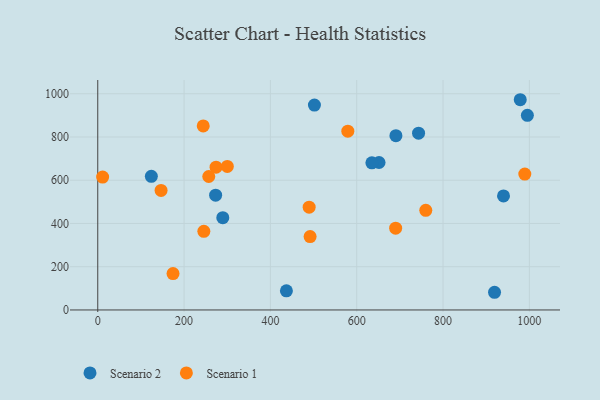
{"axis": {"x": "Distance", "y": "Fuel Efficiency"}, "legend": ["Scenario 1", "Scenario 2"], "data": [{"x": "919.3", "y": 81.8, "type": "Scenario 2"}, {"x": "651.7", "y": 682.0, "type": "Scenario 2"}, {"x": "635.1", "y": 680.6, "type": "Scenario 2"}, {"x": "502.0", "y": 947.5, "type": "Scenario 2"}, {"x": "743.3", "y": 817.9, "type": "Scenario 2"}, {"x": "437.1", "y": 88.3, "type": "Scenario 2"}, {"x": "690.8", "y": 806.2, "type": "Scenario 2"}, {"x": "978.9", "y": 972.4, "type": "Scenario 2"}, {"x": "273.1", "y": 531.1, "type": "Scenario 2"}, {"x": "940.1", "y": 527.5, "type": "Scenario 2"}, {"x": "124.2", "y": 618.3, "type": "Scenario 2"}, {"x": "995.4", "y": 900.4, "type": "Scenario 2"}, {"x": "289.7", "y": 426.9, "type": "Scenario 2"}, {"x": "274.1", "y": 660.4, "type": "Scenario 1"}, {"x": "760.0", "y": 460.9, "type": "Scenario 1"}, {"x": "300.2", "y": 664.1, "type": "Scenario 1"}, {"x": "146.7", "y": 552.7, "type": "Scenario 1"}, {"x": "245.8", "y": 363.9, "type": "Scenario 1"}, {"x": "492.0", "y": 339.2, "type": "Scenario 1"}, {"x": "579.4", "y": 827.1, "type": "Scenario 1"}, {"x": "174.4", "y": 168.1, "type": "Scenario 1"}, {"x": "489.8", "y": 475.4, "type": "Scenario 1"}, {"x": "11.3", "y": 614.5, "type": "Scenario 1"}, {"x": "244.4", "y": 851.1, "type": "Scenario 1"}, {"x": "989.4", "y": 628.5, "type": "Scenario 1"}, {"x": "690.2", "y": 378.3, "type": "Scenario 1"}, {"x": "257.2", "y": 617.2, "type": "Scenario 1"}]}